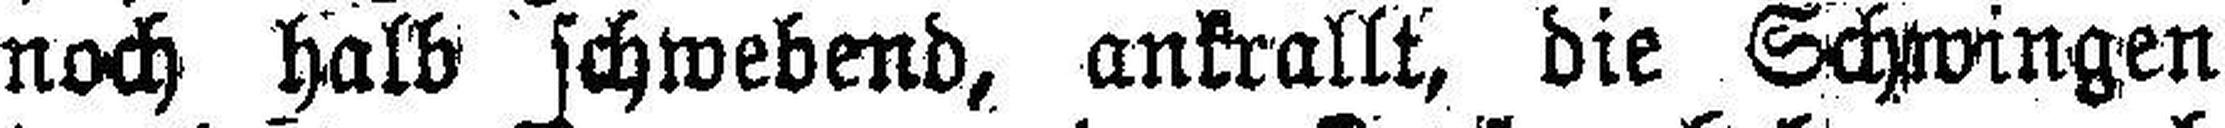
noch halb schwebend, ankrallt, die Schwingen